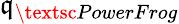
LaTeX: \mathfrak{q}_{\textsc{{PowerFrog}}}